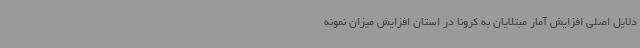
دلایل اصلی افزایش آمار مبتلایان به کرونا در استان افزایش میزان نمونه